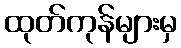
ထုတ်ကုန်များမှ